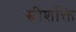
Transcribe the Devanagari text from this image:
स्त्रीशक्ति